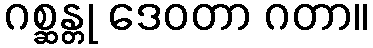
ဂစ္ဆန္တု ဒေဝတာ ဂတာ။